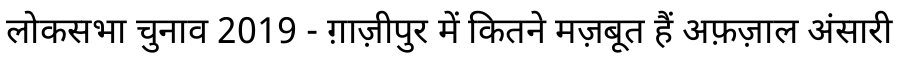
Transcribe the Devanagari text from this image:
लोकसभा चुनाव 2019 - ग़ाज़ीपुर में कितने मज़बूत हैं अफ़ज़ाल अंसारी